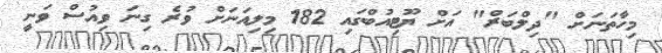
މިހާތަނަށް "ދިލްބަރް" އަށް ޔޫޓިއުބްގައި 182 މިލިއަނަށް ވުރެ ގިނަ ވިއުސް ވަނީ